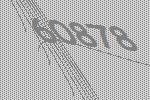
60878